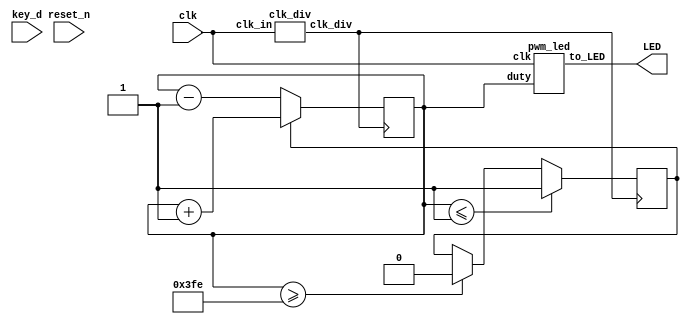
//LED PWM
//
// 
// 8led
module factory_reset_top(input key_d,
								 input clk,input reset_n,
								 output wire [7:0]LED);
//
reg [9:0] duty = 8;
//
wire clk_div_o;
//
reg is_add = 1;
//1
clk_div div1(
	.clk_in(clk),
	.clk_div(clk_div_o)
);
//led1
pwm_led led1(
	.clk(clk),
	.duty(duty),
	.to_LED(LED)
);
	
	//
	always@(posedge clk_div_o)begin
		if(duty <= 1)
			is_add <= 1;
		else if(duty >= 10'b1111111110)
			is_add <= 0;
		if(is_add)
			duty <= duty+1;
		else
			duty <= duty-1;
		end
endmodule
//
module clk_div(input clk_in,output reg clk_div);
	reg [32:0] counter;
	always@(posedge clk_in)begin
		counter <= counter+1;
		if(counter >= 20000)begin
			counter <= 0;
			clk_div <= ~clk_div;
			end
		end
endmodule
//pwm
module pwm_led(input [9:0] duty,
					input clk,
					output reg [7:0] to_LED);
	reg[9:0] counter;
	always@(posedge clk)begin
		counter <= counter+1;
		if(duty>counter)
			to_LED <= 0;
		else
			to_LED <= 8'b11111111;
		end
endmodule